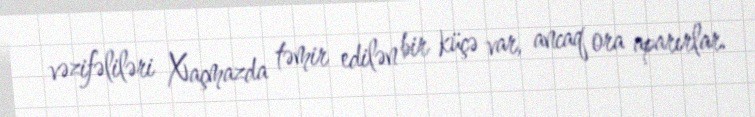
vəzifəliləri Xaçmazda təmir edilən bir küçə var, ancaq ora aparırlar.